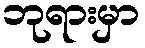
ဘုရားမှာ